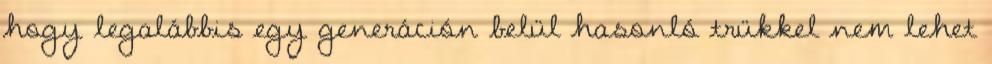
hogy legalábbis egy generáción belül hasonló trükkel nem lehet